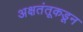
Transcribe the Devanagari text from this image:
अक्षतंतूकडून